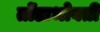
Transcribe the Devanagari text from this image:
तोंडाभोवती